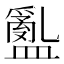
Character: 𥂽